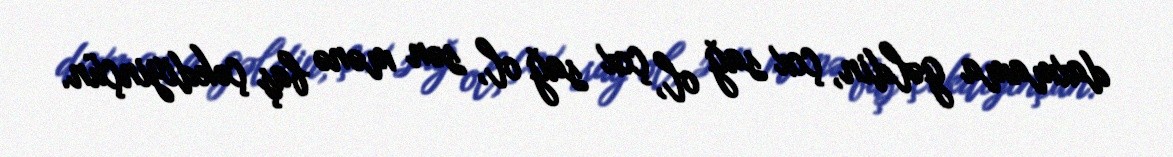
daxmama gəldin, çox sağ ol, çox sağ ol, sən mənə baş çəkdiyinçün.